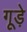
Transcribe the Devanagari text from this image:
गूड़े